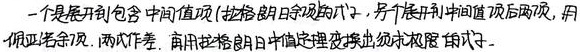
一个是展开到包含中间值项（拉格朗日余项的式子），另一个展开到中间值项后两项，用佩亚诺余项，两式作差，再用拉格朗日中值定理变换出须求极限的式子。